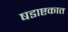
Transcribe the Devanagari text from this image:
षडाष्टकात